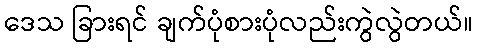
ဒေသ ခြားရင် ချက်ပုံစားပုံလည်းကွဲလွဲတယ်။